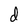
Character: d